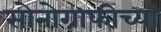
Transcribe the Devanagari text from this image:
सोनोग्राफीच्या